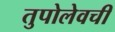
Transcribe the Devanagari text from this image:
तुपोलेवची